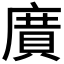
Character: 𭙯